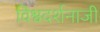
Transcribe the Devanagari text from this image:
विश्वदर्शनाजी